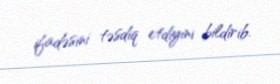
ifadəsini təsdiq etdiyini bildirib.